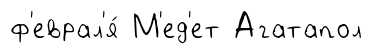
ф'еврал'я́ М'ед'ет Агатапол